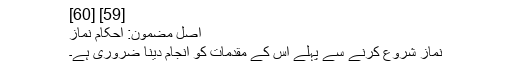
[59] [60]
اصل مضمون: احکام نماز
نماز شروع کرنے سے پہلے اس کے مقدمات کو انجام دینا ضروری ہے۔